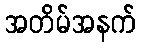
အတိမ်အနက်